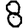
Digit: 8